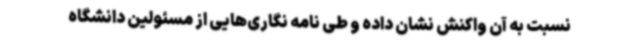
نسبت به آن واکنش نشان داده و طی نامه نگاری‌هایی از مسئولین دانشگاه